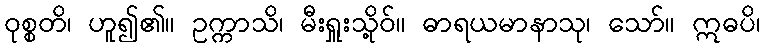
ဝုစ္စတိ၊ ဟူ၍၏။ ဥက္ကာသိ၊ မီးရှူးသို့ဝ်။ ဓာရယမာနာသု၊ သော်။ ဣဓပိ၊